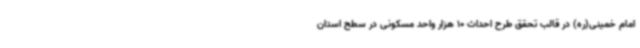
امام خمینی(ره) در قالب تحقق طرح احداث 10 هزار واحد مسکونی در سطح استان